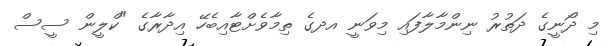
މި ދޯނީގެ ދަތުރު ނިންމާލާފައި މިވަނީ އދގެ ތިމާވެށްޓާއިބެހޭ އިދާރާގެ "ކްލީން ސީސް